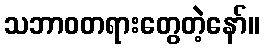
သဘာဝတရားတွေတဲ့နော်။